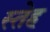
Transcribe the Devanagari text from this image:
स्तेह